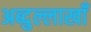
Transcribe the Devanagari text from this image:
अब्दुल्लाखाँ